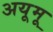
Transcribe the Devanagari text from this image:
अयूमू